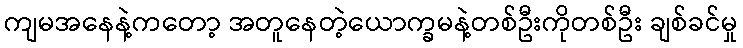
ကျမအနေနဲ့ကတော့ အတူနေတဲ့ယောက္ခမနဲ့တစ်ဦးကိုတစ်ဦး ချစ်ခင်မှု